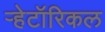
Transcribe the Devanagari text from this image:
ऱ्हेटॉरिकल